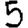
Digit: 5